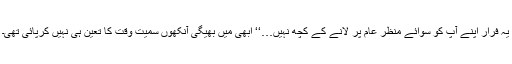
یہ فرار اپنے آپ کو سوائے منظر عام پر لانے کے کچھ نہیں…‘‘ ابھی میں بھیگی آنکھوں سمیت وقت کا تعین ہی نہیں کرپائی تھی۔